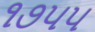
૧૭૫૫